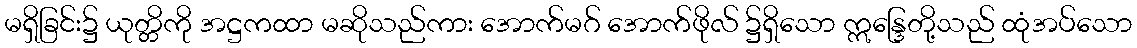
မရှိခြင်း၌ ယုတ္တိကို အဋ္ဌကထာ မဆိုသည်ကား အောက်မဂ် အောက်ဖိုလ် ၌ရှိသော ဣန္ဒြေတို့သည် ထုံအပ်သော